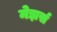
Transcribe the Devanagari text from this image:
मेझर्स